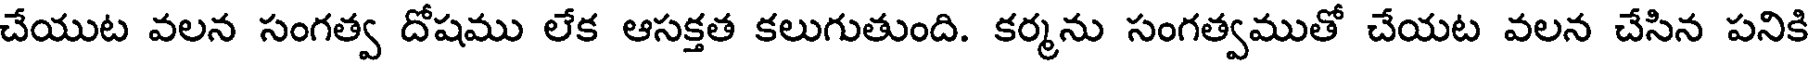
చేయుట వలన సంగత్వ దోషము లేక ఆసక్తత కలుగుతుంది. కర్మను సంగత్వముతో చేయట వలన చేసిన పనికి